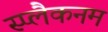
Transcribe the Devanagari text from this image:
स्प्लैकनम